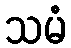
သမံ